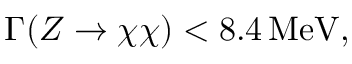
\Gamma ( Z \rightarrow \chi \chi ) < 8 . 4 \, \mathrm { M e V } ,